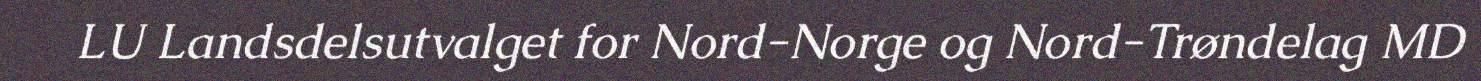
LU Landsdelsutvalget for Nord-Norge og Nord-Trøndelag MD